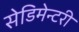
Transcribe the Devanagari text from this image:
सेडिमेन्टरी